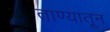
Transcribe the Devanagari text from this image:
ताण्यातून